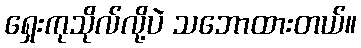
ရှေးကုသိုလ်လို့ပဲ သဘောထားတယ်။